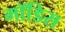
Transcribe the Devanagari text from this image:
मॉडिस